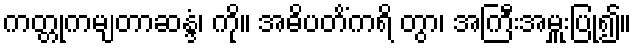
ကတ္တုကမျတာဆန္ဒံ၊ ကို။ အဓိပတိံကရိ တွာ၊ အကြီးအမှူးပြု၍။